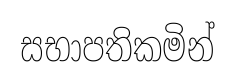
සභාපතිකමින්